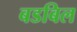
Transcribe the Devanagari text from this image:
बडबिल